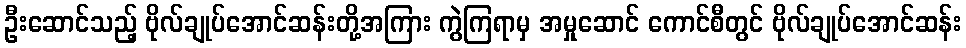
ဦးဆောင်သည့် ဗိုလ်ချုပ်အောင်ဆန်းတို့အကြား ကွဲကြရာမှ အမှုဆောင် ကောင်စီတွင် ဗိုလ်ချုပ်အောင်ဆန်း